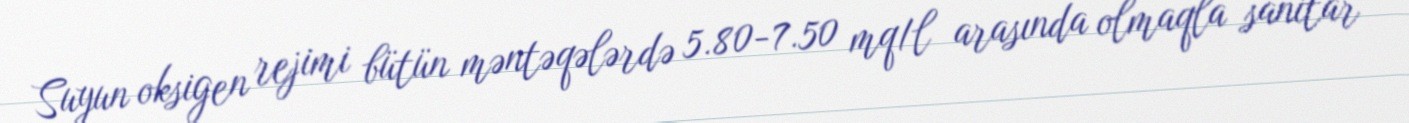
Suyun oksigen rejimi bütün məntəqələrdə 5.80-7.50 mq/l arasında olmaqla sanitar